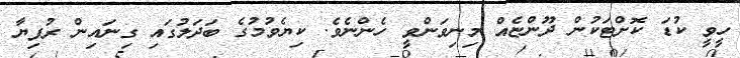
ހީވީ ކުޑަ ކޮށްޓަކުން ދޫންޏެއް މިނިވަންވީ ހެންނެވެ. ކިޔެވުމުގެ ބަދަލުގައި ގިނައިން ރުފިޔާ